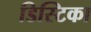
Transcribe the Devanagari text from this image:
डिस्टिका